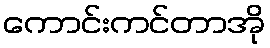
ကောင်းကင်တာအို